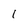
Character: l